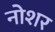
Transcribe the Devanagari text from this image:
नोशर